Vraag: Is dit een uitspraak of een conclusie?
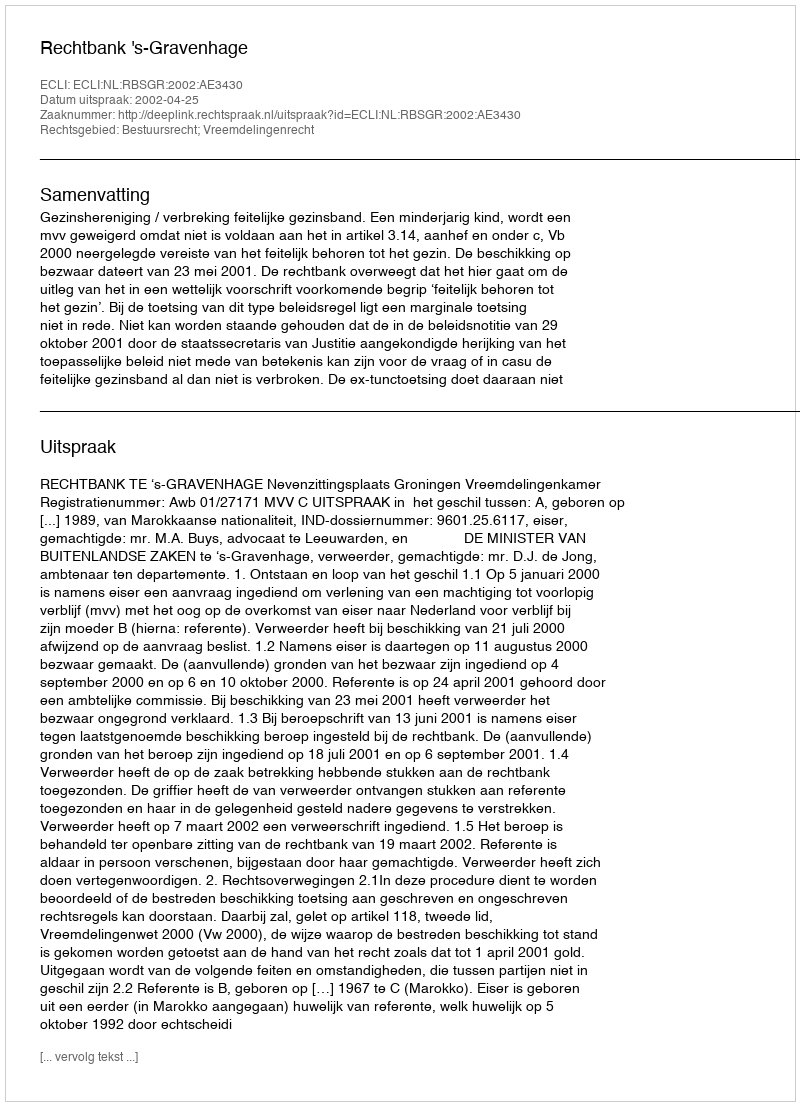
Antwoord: Uitspraak